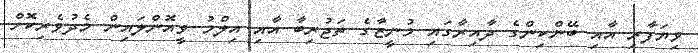
ވިޔަފާރި އާއި ބޭންކިންގެ ދާއިރާގައި މުނީޒާގެ ތަޖުރިބާ އާއި އިލްމު ވީއޮންލައިން މެދުވެރިކޮށް